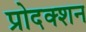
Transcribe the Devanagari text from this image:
प्रोदक्शन